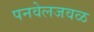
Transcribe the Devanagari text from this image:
पनवेलजवळ